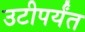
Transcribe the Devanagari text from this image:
उटीपर्यंत